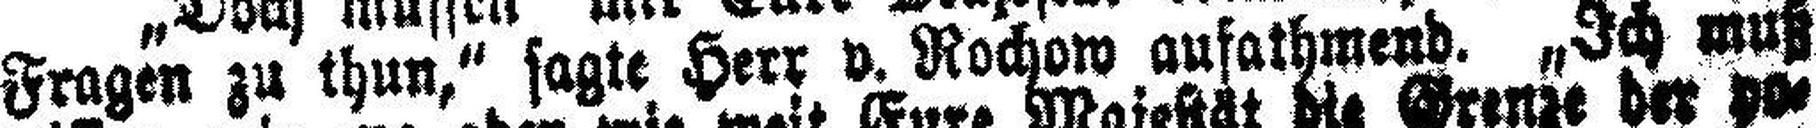
Fragen zu thun,“ sagte Herr v. Rochow aufathmend. „Ich muß